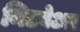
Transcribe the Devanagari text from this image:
निटवेअर